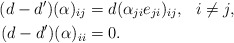
\begin{align*} (d-d')(\alpha)_{ij}&=d(\alpha_{ji}e_{ji})_{ij},\ \ i\ne j,\\ (d-d')(\alpha)_{ii}&=0. \end{align*}